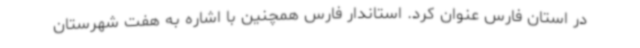
در استان فارس عنوان کرد. استاندار فارس همچنین با اشاره به هفت شهرستان